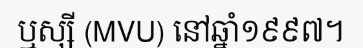
ឬស្សី (MVU) នៅឆ្នាំ១៩៩៧។